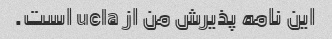
این نامه پذیرش من از ucla است.